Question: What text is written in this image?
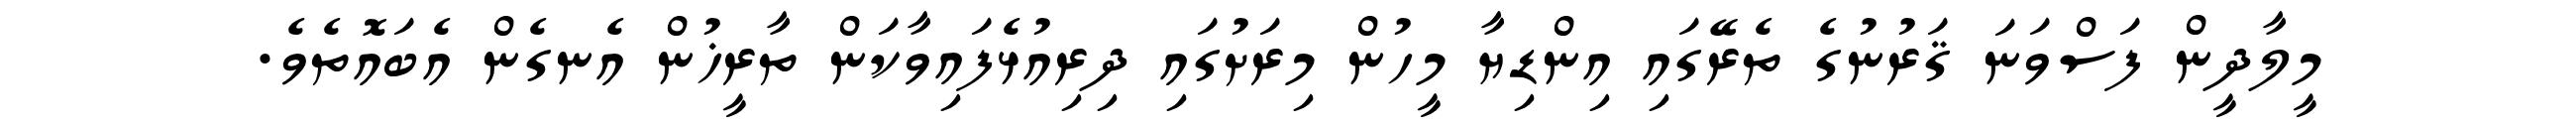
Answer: މީލާދީން ފަސްވަނަ ޤަރުނުގެ ތެރޭގައި އިންޑިޔާ މީހުން މިރަށުގައި ދިރިއުޅެފައިވާކަން ތާރީޚުން އެނގެން އެބައޮތެވެ.